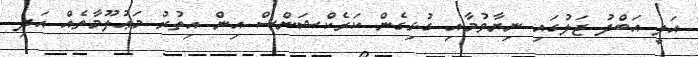
އަލީ އަބްދު ޖަލުގައި ނިޔާވުމާއި ގުޅިގެން ކަރެކްޝަންސް އިން އިތުރު މަޢުލޫމާތެއް އަދި